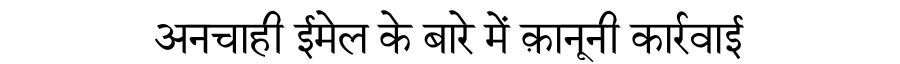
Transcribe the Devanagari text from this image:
अनचाही ईमेल के बारे में क़ानूनी कार्रवाई